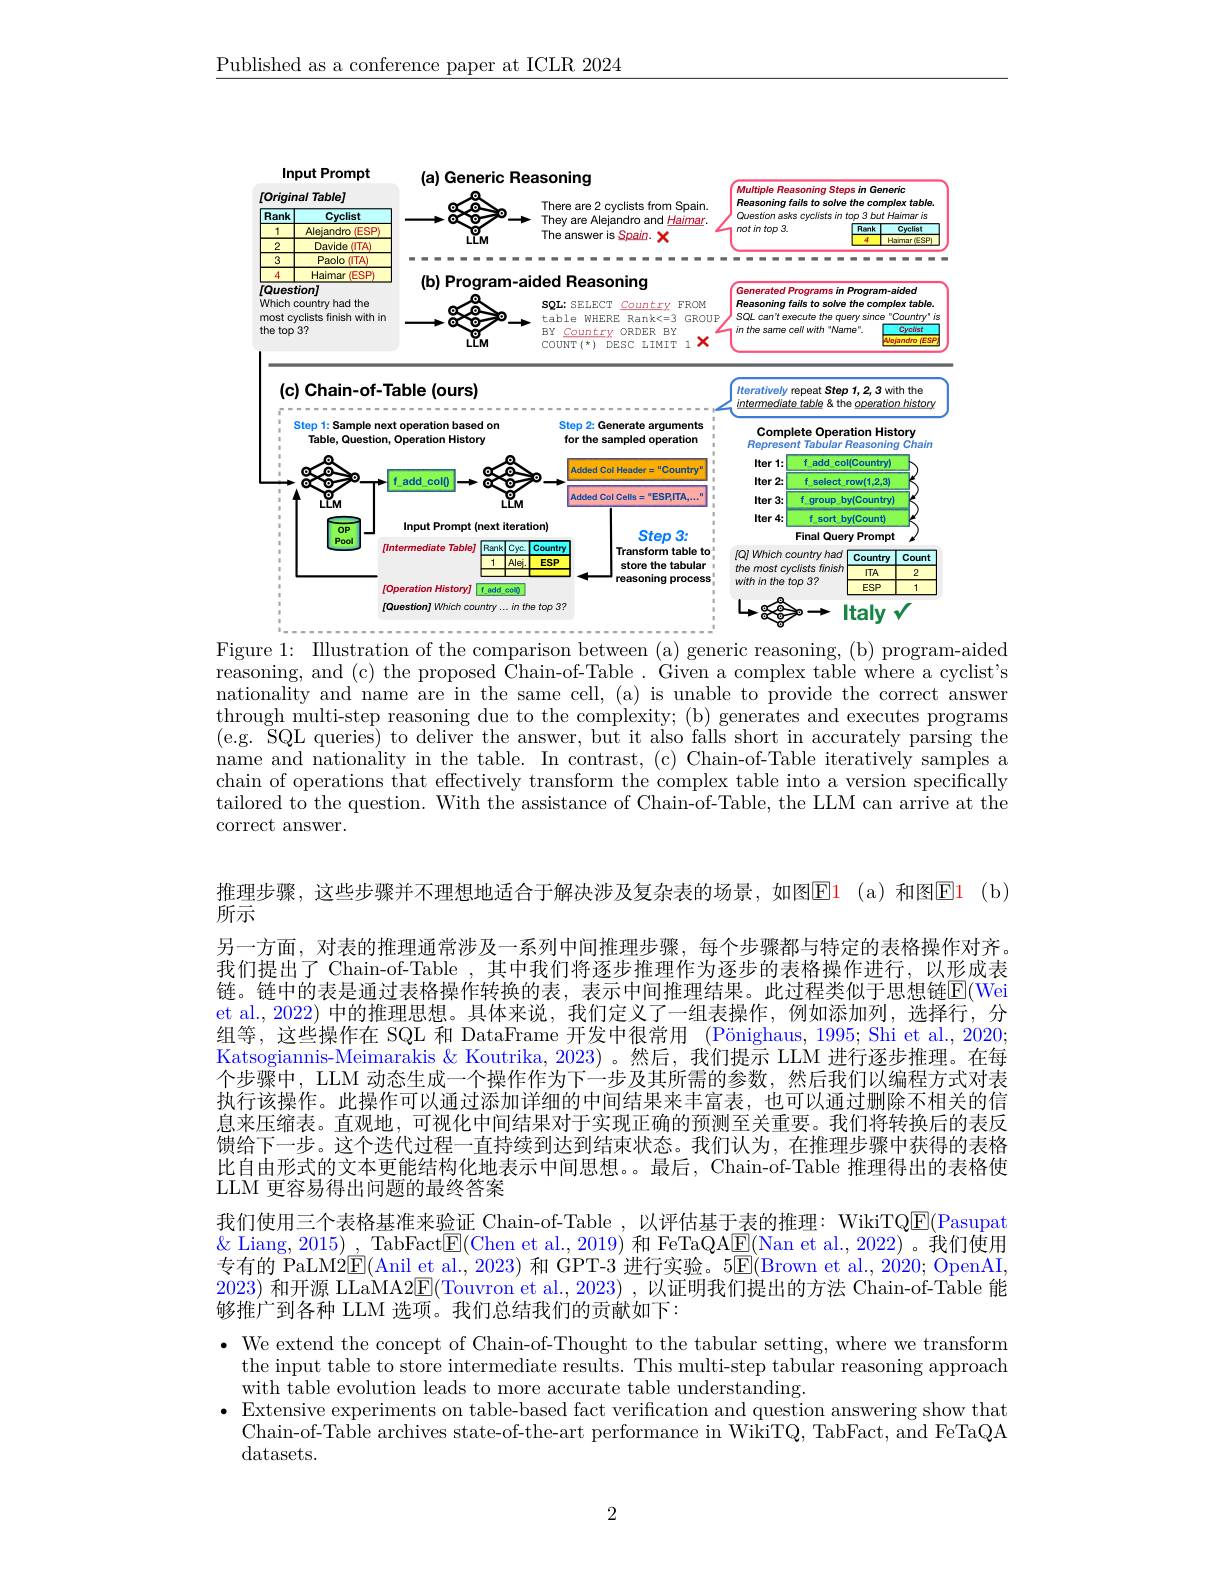
$\underline{\text{Published as a conference paper at ICLR 2024}}$

<FigureHere>

Figure 1: Illustration of the comparison between (a) generic reasoning, (b) program-aided reasoning, and (c) the proposed $\dot{\text{Chain-of-Table.Given a complex table where a cyclist's}}$ nationality and name are in the same cell, (a) is unable to provide the correct answer through multi-step reasoning due to the complexity; (b) generates and executes programs (e.g. $\bar{\text{SQL queries) to deliver the answer, but it also falls short in accurately parsing the}}$ name and nationality in the table. In contrast, (c) Chain-of-Table iteratively samples a chain of operations that effectively transform the complex table into a version specifically tailored to the question. With the assistance of Chain-of-Table, the LLM can arrive at the correct answer.

推理步骤，这些步骤并不理想地适合于解决涉及复杂表的场景，如图$\color{red}{\mathrm{E1~(a)}}$和图$\color{#c000}{\mathrm{E1~(b)}}$

所示
另一方面，对表的推理通常涉及一系列中间推理步骤，每个步骤都与特定的表格操作对齐。我们提出了 Chain-of-Table ,其中我们将逐步推理作为逐步的表格操作进行，以形成表链。链中的表是通过表格操作转换的表，表示中间推理结果。此过程类似于思想链$\color{red}{\mathrm{E}}($Wei et al., 2022) 中的推理思想。具体来说，我们定义了一组表操作，例如添加列，选择行，分组等，这些操作在 SQL 和 DataFrame 开发中很常用 (Pönighaus,1995; Shi et al., 2020; Katsogiannis-Meimarakis & Koutrika, 2023) 。然后，我们提示 LLM 进行逐步推理。在每个步骤中，LLM 动态生成一个操作作为下一步及其所需的参数，然后我们以编程方式对表执行该操作。此操作可以通过添加详细的中间结果来丰富表，也可以通过删除不相关的信息来压缩表。直观地，可视化中间结果对于实现正确的预测至关重要。我们将转换后的表反馈给下一步。这个迭代过程一直持续到达到结束状态。我们认为，在推理步骤中获得的表格比自由形式的文本更能结构化地表示中间思想。。最后，Chain-of-Table 推理得出的表格使LLM 更容易得出问题的最终答案
我们使用三个表格基准来验证 Chain-of-Table ,以评估基于表的推理：WikiTQ$\underline{\mathrm{E}}($Pasupat $\&$ Liang, 2015) , TabFact$\underline{\mathrm{E}}($Chen et al., 2019) 和 FeTaQA$\underline{\mathrm{E}}($Nan et al., 2022) 。我们使用

专有的 PaLM2$\underline{\mathrm{E}}($Anil et al., 2023) 和 GPT-3 进行实验。5$\overline{\mathrm{E}}($Brown et al., 2020; OpenAI,

2023)和开源 LLaMA2$\underline{\mathrm{E}}($Touvron et al., 2023) , 以证明我们提出的方法 Chain-of-Table 能

够推广到各种 LLM 选项。我们总结我们的贡献如下：

$\bullet$ We extend the concept of Chain-of-Thought to the tabular setting, where we transform
the input table to store intermediate results. This multi-step tabular reasoning approach
with table evolution leads to more accurate table understanding.
· Extensive experiments on table-based fact verification and question answering show that
Chain-of-Table archives state-of-the-art performance in WikiTQ, TabFact, and FeTaQA
datasets.

2